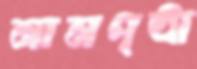
নামপৃষ্ঠা